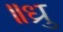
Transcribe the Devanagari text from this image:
॥ध्रु